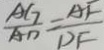
\frac { A G } { A D } = \frac { A F } { D F }